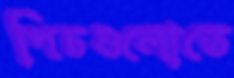
পিচগুলোতে